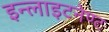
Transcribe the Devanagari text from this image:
इन्लाइटनेण्ट